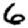
Digit: 6